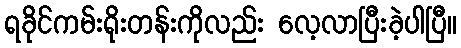
ရခိုင်ကမ်းရိုးတန်းကိုလည်း လေ့လာပြီးခဲ့ပါပြီ။